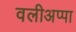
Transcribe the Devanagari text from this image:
वलीअप्पा